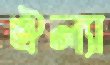
ঐল্যা